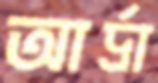
আর্দ্রা